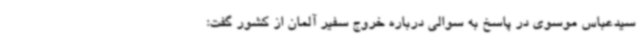
سیدعباس موسوی در پاسخ به سوالی درباره خروج سفیر آلمان از کشور گفت: